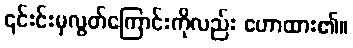
၎င်းင်းမှလွတ်ကြောင်းကိုလည်း ဟောထား၏။